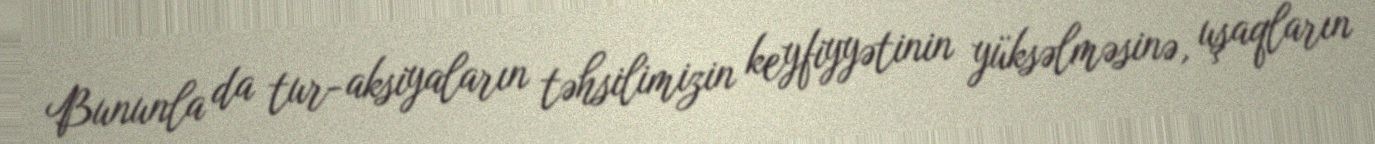
Bununla da tur-aksiyaların təhsilimizin keyfiyyətinin yüksəlməsinə, uşaqların